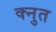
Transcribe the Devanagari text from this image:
क्नुत